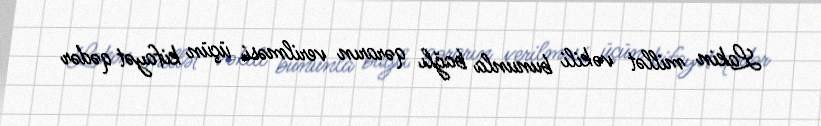
Lakin millət vəkili bununla bağlı qərarın verilməsi üçün kifayət qədər